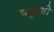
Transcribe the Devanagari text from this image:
यकुशो